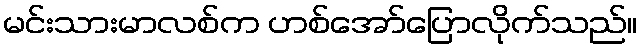
မင်းသားမာလစ်က ဟစ်အော်ပြောလိုက်သည်။